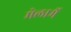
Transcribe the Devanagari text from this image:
मेलार्मे